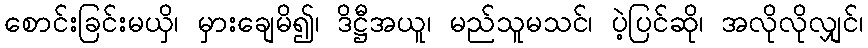
စောင်းခြင်းမယှိ၊ မှားချေမိ၍၊ ဒိဋ္ဌီအယူ၊ မည်သူမသင်၊ ပဲ့ပြင်ဆို၊ အလိုလိုလျှင်၊